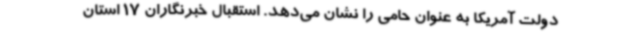
دولت آمریکا به عنوان حامی را نشان می‌دهد. استقبال خبرنگاران 17 استان